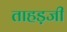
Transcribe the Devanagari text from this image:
ताहड़जी